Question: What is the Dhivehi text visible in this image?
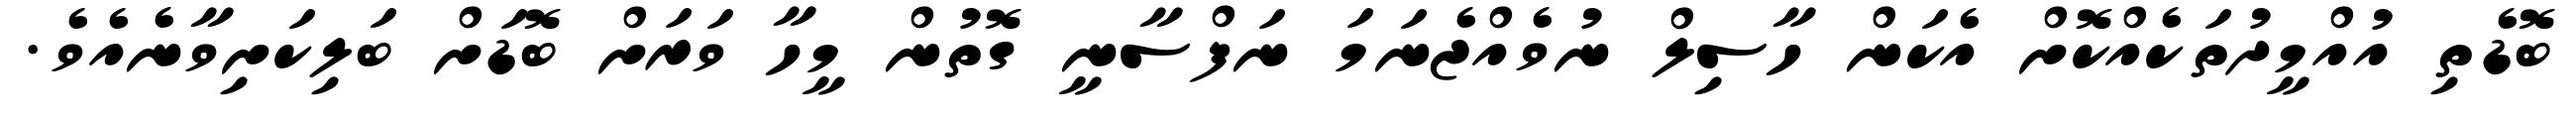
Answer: ބޮޑެތި އުއްމީދުތަކެއްކޮށް އެކަން ހާސިލް ނުވެއްޖެނަމަ ނަފްސާނީ ގޮތުން މީހާ ވަރަށް ބޮޑަށް ބަލިކަށިވާނެއެވެ.